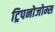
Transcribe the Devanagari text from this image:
ट्रिपनोजोम्स